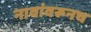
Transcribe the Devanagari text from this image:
नावांवरूनच